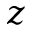
z